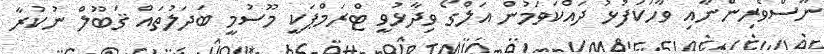
ނޫސްވެރިންނާއި ވާހަކަފުޅު ދައްކަވަމުން އަލްގޯ ވިދާޅުވީ ޓްރަމްޕަކީ މޫސުމީ ބަދަލުތައް ޤަބޫލް ނުކުރާ